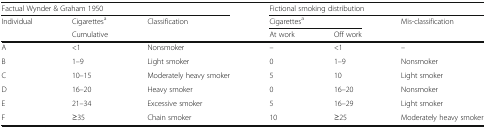
<table><thead><tr><td colspan="3"><b>Factual Wynder &amp; Graham 1950</b></td><td colspan="3"><b>Fictional smoking distribution</b></td></tr><tr><td><b>Individual</b></td><td><b>Cigarettes<sup>a</sup></b></td><td><b>Classification</b></td><td colspan="2"><b>Cigarettes<sup>a</sup></b></td><td><b>Mis-classification</b></td></tr><tr><td></td><td><b>Cumulative</b></td><td></td><td><b>At work</b></td><td><b>Off work</b></td><td></td></tr></thead><tbody><tr><td>A</td><td>&lt;1</td><td>Nonsmoker</td><td>–</td><td>&lt;1</td><td>–</td></tr><tr><td>B</td><td>1–9</td><td>Light smoker</td><td>0</td><td>1–9</td><td>Nonsmoker</td></tr><tr><td>C</td><td>10–15</td><td>Moderately heavy smoker</td><td>5</td><td>10</td><td>Light smoker</td></tr><tr><td>D</td><td>16–20</td><td>Heavy smoker</td><td>0</td><td>16–20</td><td>Nonsmoker</td></tr><tr><td>E</td><td>21–34</td><td>Excessive smoker</td><td>5</td><td>16–29</td><td>Light smoker</td></tr><tr><td>F</td><td>≥35</td><td>Chain smoker</td><td>10</td><td>≥25</td><td>Moderately heavy smoker</td></tr></tbody></table>